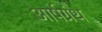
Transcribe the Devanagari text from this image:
आर्षग्रंथ